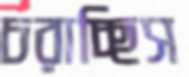
চরাচ্ছিস